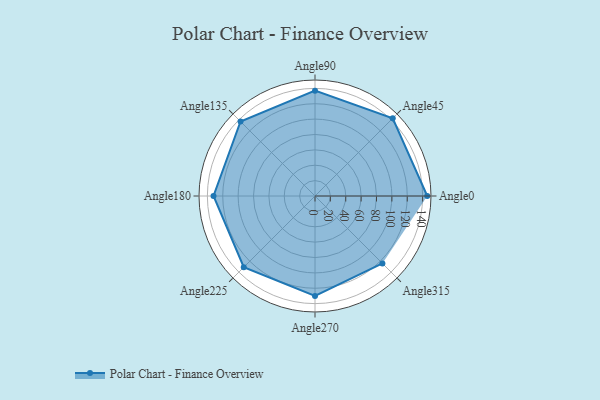
{"axis": {"x": "Angle", "y": "Radius"}, "legend": [""], "data": [{"x": "Angle0", "y": 146.0, "type": ""}, {"x": "Angle45", "y": 143.0, "type": ""}, {"x": "Angle90", "y": 137.0, "type": ""}, {"x": "Angle135", "y": 137.0, "type": ""}, {"x": "Angle180", "y": 132.0, "type": ""}, {"x": "Angle225", "y": 131.0, "type": ""}, {"x": "Angle270", "y": 130.0, "type": ""}, {"x": "Angle315", "y": 124.0, "type": ""}]}